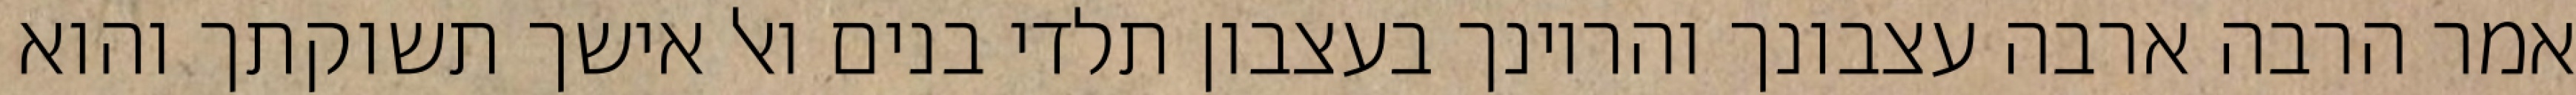
אמר הרבה ארבה עצבונך והריונך בעצבון תלדי בנים ואל אישך תשוקתך והוא